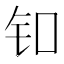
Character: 𬬪